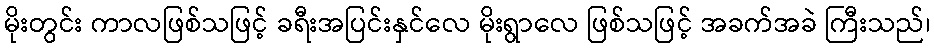
မိုးတွင်း ကာလဖြစ်သဖြင့် ခရီးအပြင်းနှင်လေ မိုးရွာလေ ဖြစ်သဖြင့် အခက်အခဲ ကြီးသည်၊